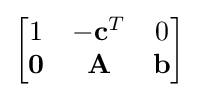
{\begin{bmatrix}1&-\mathbf {c} ^{T}&0\\\mathbf {0} &\mathbf {A} &\mathbf {b} \end{bmatrix}}